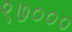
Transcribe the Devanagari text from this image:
९७०००